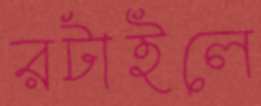
রটাইলে